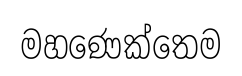
මහණෙක්තෙම